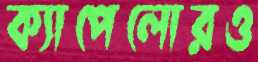
ক্যাপেলোরও